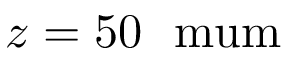
z = 5 0 \ \mathrm { \ m u m }